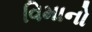
વિમાનો